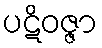
ပဋိဝဇ္ဇာ